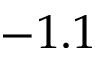
- 1 . 1